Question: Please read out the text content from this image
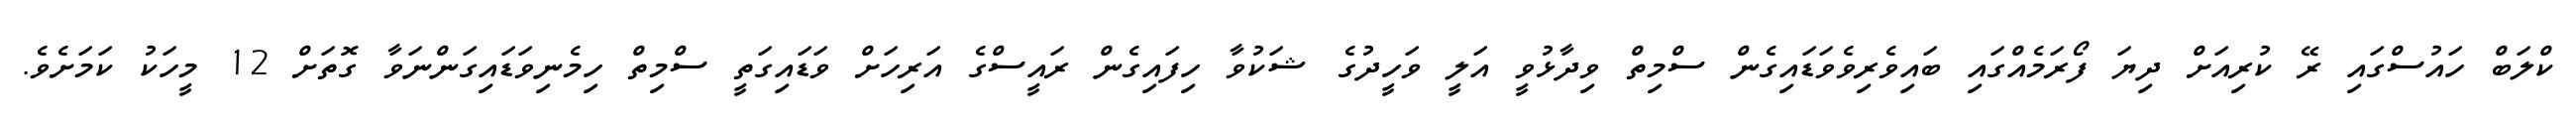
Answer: ކްލަބް ހައުސްގައި ރޭ ކުރިއަށް ދިޔަ ފޯރަމެއްގައި ބައިވެރިވެވަޑައިގެން ސްމިތް ވިދާޅުވީ އަލީ ވަހީދުގެ ޝަކުވާ ހިފައިގެން ރައީސްގެ އަރިހަށް ވަޑައިގަތީ ސްމިތް ހިމެނިވަޑައިގަންނަވާ ގޮތަށް 12 މީހަކު ކަމަށެވެ.